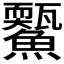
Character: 𩼭